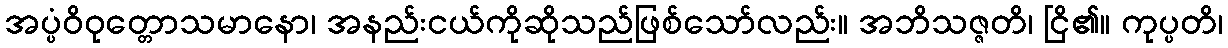
အပ္ပံဝိဝုတ္တောသမာနော၊ အနည်းငယ်ကိုဆိုသည်ဖြစ်သော်လည်း။ အဘိသဇ္ဇတိ၊ ငြိ၏။ ကုပ္ပတိ၊